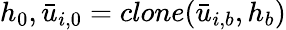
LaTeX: h_{0},\bar{u}_{i,0}=clone(\bar{u}_{i,b},h_{b})